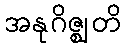
အနုဂိဇ္ဈတိ